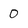
Character: 0